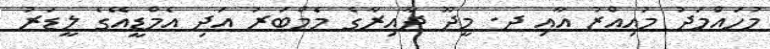
މުހައްމަދު މުއިއްޒު އާއި ދ. މީދޫ ދާއިރާގެ މެމްބަރު އަދި އެމްޑީއޭގެ ލީޑަރު